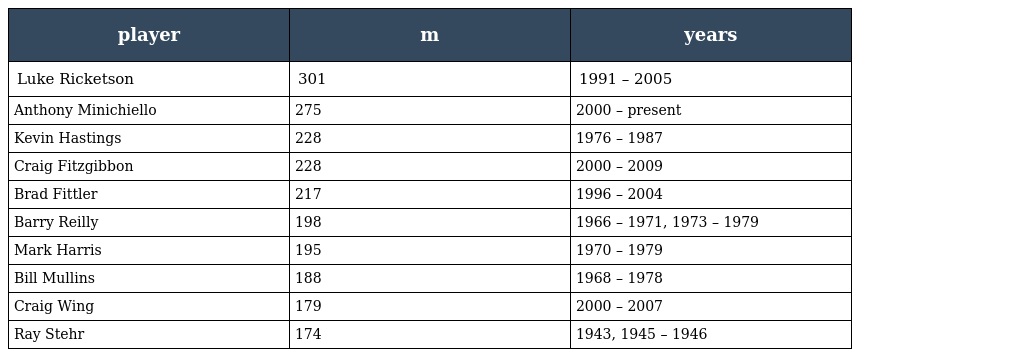
| player | m | years |
 | --- | --- | --- |
 | Luke Ricketson | 301 | 1991 – 2005 |
 | Anthony Minichiello | 275 | 2000 – present |
 | Kevin Hastings | 228 | 1976 – 1987 |
 | Craig Fitzgibbon | 228 | 2000 – 2009 |
 | Brad Fittler | 217 | 1996 – 2004 |
 | Barry Reilly | 198 | 1966 – 1971, 1973 – 1979 |
 | Mark Harris | 195 | 1970 – 1979 |
 | Bill Mullins | 188 | 1968 – 1978 |
 | Craig Wing | 179 | 2000 – 2007 |
 | Ray Stehr | 174 | 1943, 1945 – 1946 |